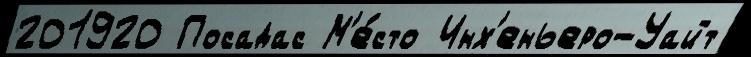
201920 Посадас М'е́сто Инх'еньеро-Уайт